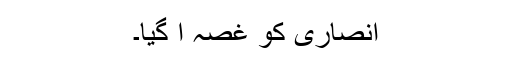
انصاری کو غصہ آ گیا۔